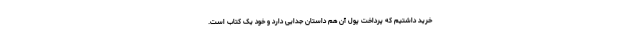
خرید داشتیم‌ که پرداخت پول آن هم داستان جدایی دارد و خود یک کتاب است.